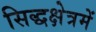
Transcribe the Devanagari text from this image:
सिद्धक्षेत्रमें